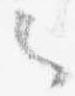
々